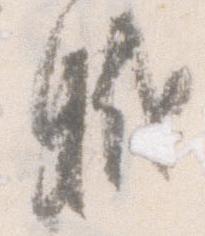
職